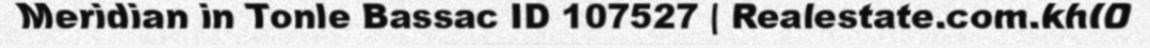
Meridian in Tonle Bassac ID 107527 | Realestate.com.khID